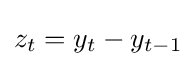
z_{t}=y_{t}-y_{t-1}